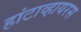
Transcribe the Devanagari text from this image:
हांटाव्हायरस